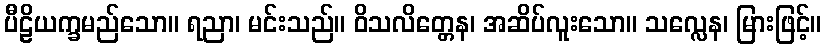
ပီဠိယက္ခမည်သော။ ရညာ၊ မင်းသည်။ ဝိသလိတ္တေန၊ အဆိပ်လူးသော။ သလ္လေန၊ မြားဖြင့်။